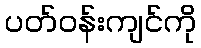
ပတ်ဝန်းကျင်ကို